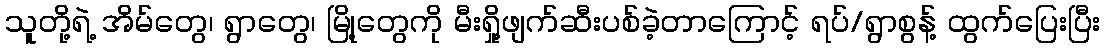
သူတို့ရဲ့ အိမ်တွေ၊ ရွာတွေ၊ မြို့တွေကို မီးရှို့ဖျက်ဆီးပစ်ခဲ့တာကြောင့် ရပ်/ရွာစွန့် ထွက်ပြေးပြီး